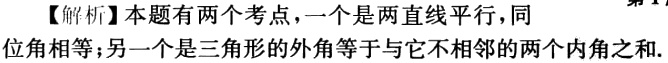
【解析】本题有两个考点，一个是两直线平行，同位角相等；另一个是三角形的外角等于与它不相邻的两个内角之和.